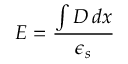
E = { \frac { \int D \, d x } { \epsilon _ { s } } }